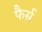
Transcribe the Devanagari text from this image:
फैर्स